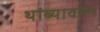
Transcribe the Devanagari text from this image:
थांब्यावरुन